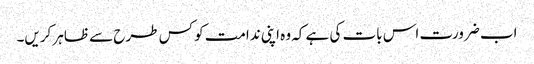
اب ضرورت اس بات کی ہے کہ وہ اپنی ندامت کو کس طرح سے ظاہر کریں۔